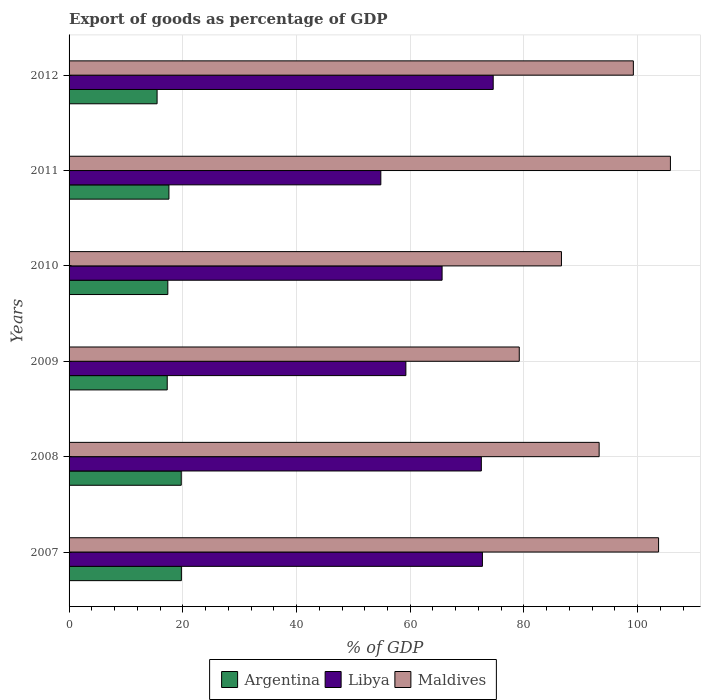
| Years | Argentina | Libya | Maldives |
 | --- | --- | --- | --- |
 | 2007 | 19.8 | 72.7 | 104 |
 | 2008 | 19.7 | 72.5 | 93.2 |
 | 2009 | 17.3 | 59.2 | 79.2 |
 | 2010 | 17.4 | 65.6 | 86.6 |
 | 2011 | 17.6 | 54.8 | 106 |
 | 2012 | 15.5 | 74.6 | 99.2 |